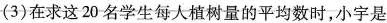
(3)在求这20名学生每人植树量的平均数时，小宇是